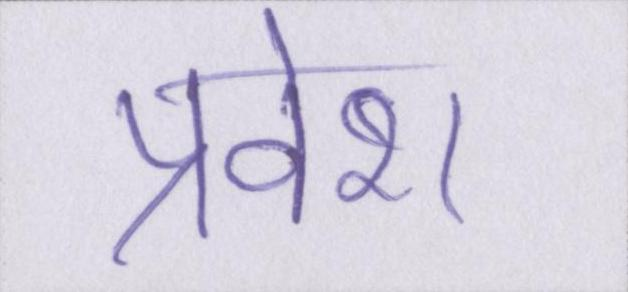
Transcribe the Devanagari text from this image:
प्रवेश